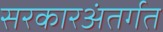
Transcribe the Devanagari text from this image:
सरकारअंतर्गत